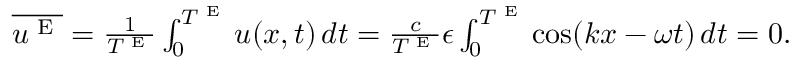
\begin{array} { r } { \overline { { u ^ { \textnormal { E } } } } = \frac { 1 } { T ^ { \textnormal { E } } } \int _ { 0 } ^ { T ^ { \textnormal { E } } } u ( x , t ) \, d t = \frac { c } { T ^ { \textnormal { E } } } \epsilon \int _ { 0 } ^ { T ^ { \textnormal { E } } } \cos ( k x - \omega t ) \, d t = 0 . } \end{array}